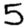
Digit: 5